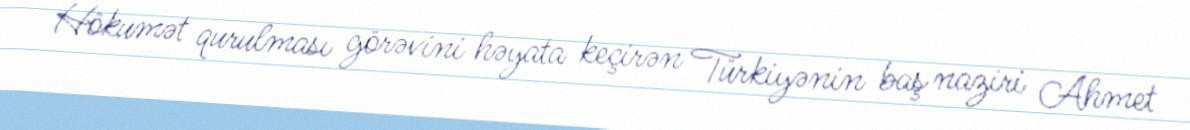
Hökumət qurulması görəvini həyata keçirən Türkiyənin baş naziri Ahmet